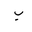
Letter: _ba